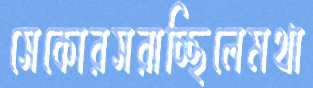
সেকোরসরাচ্ছিলেমথা